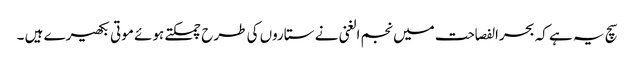
سچ یہ ہے کہ بحرالفصاحت میں نجم الغنی نے ستاروں کی طرح چمکتے ہوئے موتی بکھیرے ہیں ۔